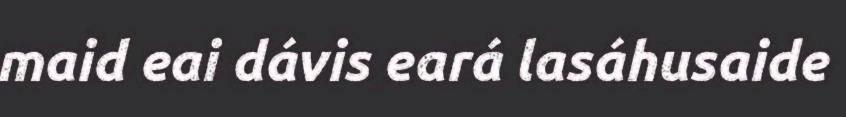
maid eai dávis eará lasáhusaide